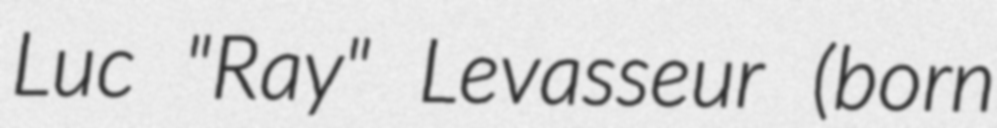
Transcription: Luc "Ray" Levasseur (born